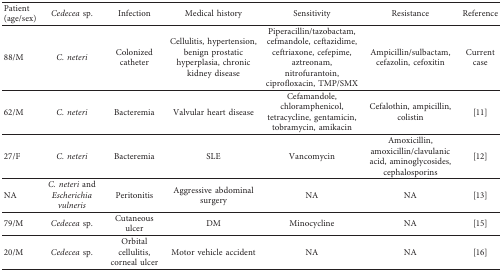
| Patient (age/sex) | Cedecea sp. | Infection | Medical history | Sensitivity | Resistance | Reference |
 | --- | --- | --- | --- | --- | --- | --- |
 | 88/M | C. neteri | Colonized catheter | Cellulitis, hypertension, benign prostatic hyperplasia, chronic kidney disease | Piperacillin/tazobactam, cefmandole, ceftazidime, ceftriaxone, cefepime, aztreonam, nitrofurantoin, ciprofloxacin, TMP/SMX | Ampicillin/sulbactam, cefazolin, cefoxitin | Current case |
 | 62/M | C. neteri | Bacteremia | Valvular heart disease | Cefamandole, chloramphenicol, tetracycline, gentamicin, tobramycin, amikacin | Cefalothin, ampicillin, colistin | [11] |
 | 27/F | C. neteri | Bacteremia | SLE | Vancomycin | Amoxicillin, amoxicillin/clavulanic acid, aminoglycosides, cephalosporins | [12] |
 | NA | C. neteri and Escherichia vulneris | Peritonitis | Aggressive abdominal surgery | NA | NA | [13] |
 | 79/M | Cedecea sp. | Cutaneous ulcer | DM | Minocycline | NA | [15] |
 | 20/M | Cedecea sp. | Orbital cellulitis, corneal ulcer | Motor vehicle accident | NA | NA | [16] |